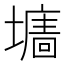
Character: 𡒅